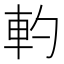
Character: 𰹋